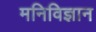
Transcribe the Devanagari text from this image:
मनिविज्ञान